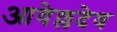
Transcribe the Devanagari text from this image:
आवेल्लदेव